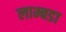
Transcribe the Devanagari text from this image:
लाम्बडा